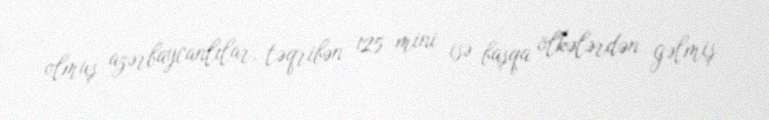
olmuş azərbaycanlılar, təqribən 125 mini isə başqa ölkələrdən gəlmiş